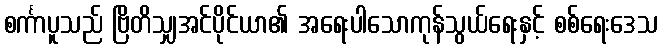
စင်္ကာပူသည် ဗြိတိသျှအင်ပိုင်ယာ၏ အရေးပါသောကုန်သွယ်ရေးနှင့် စစ်ရေးဒေသ